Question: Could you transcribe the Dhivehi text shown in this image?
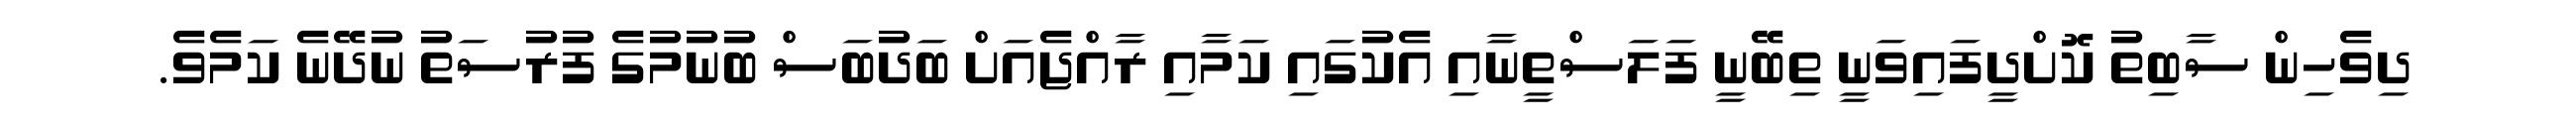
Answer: ދިވެހިން ސާބިތު ކޮށްދީފައިވަނީ ތިބޭނީ ފަލަސްތީނާއި އެކުގައި ކަމާއި ރާއްޖެއަށް ބަދުބަސް ބުނުމުގެ ފުރުސަތު ނުދޭނެ ކަމެވެ.